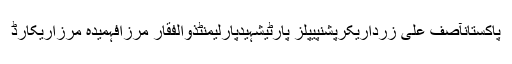
پاکستانآصف علی زرداریکرپشنپیپلز پارٹیشہیدپارلیمنٹذوالفقار مرزافہمیدہ مرزاریکارڈ